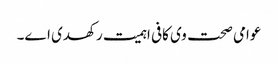
عوامی صحت وی کافی اہمیت رکھدی ا‏‏ے۔